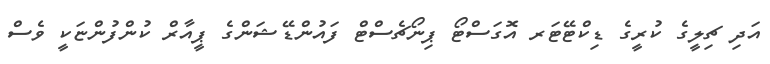
އަދި ޗިލީގެ ކުރީގެ ޑިކްޓޭޓަރ އޮގަސްޓޯ ޕިނޯޗެސްޓް ފައުންޑޭޝަންގެ ޕީއާރް ކުންފުންޏަކީ ވެސް